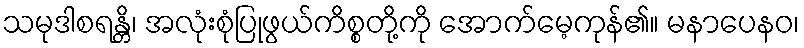
သမုဒါစရန္တိ၊ အလုံးစုံပြုဖွယ်ကိစ္စတို့ကို အောက်မေ့ကုန်၏။ မနာပေနဝ၊